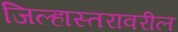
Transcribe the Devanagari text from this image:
जिल्हास्तरावरील